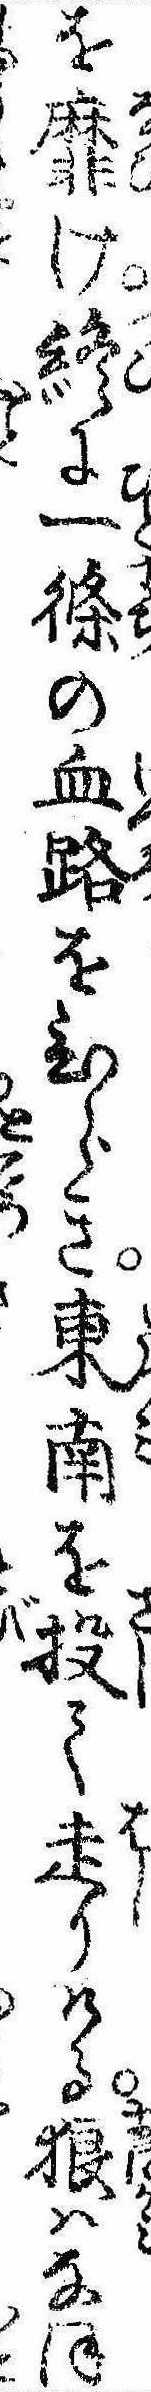
を靡け終に一条の血路をひらき東南を投て走りける狼はなほ